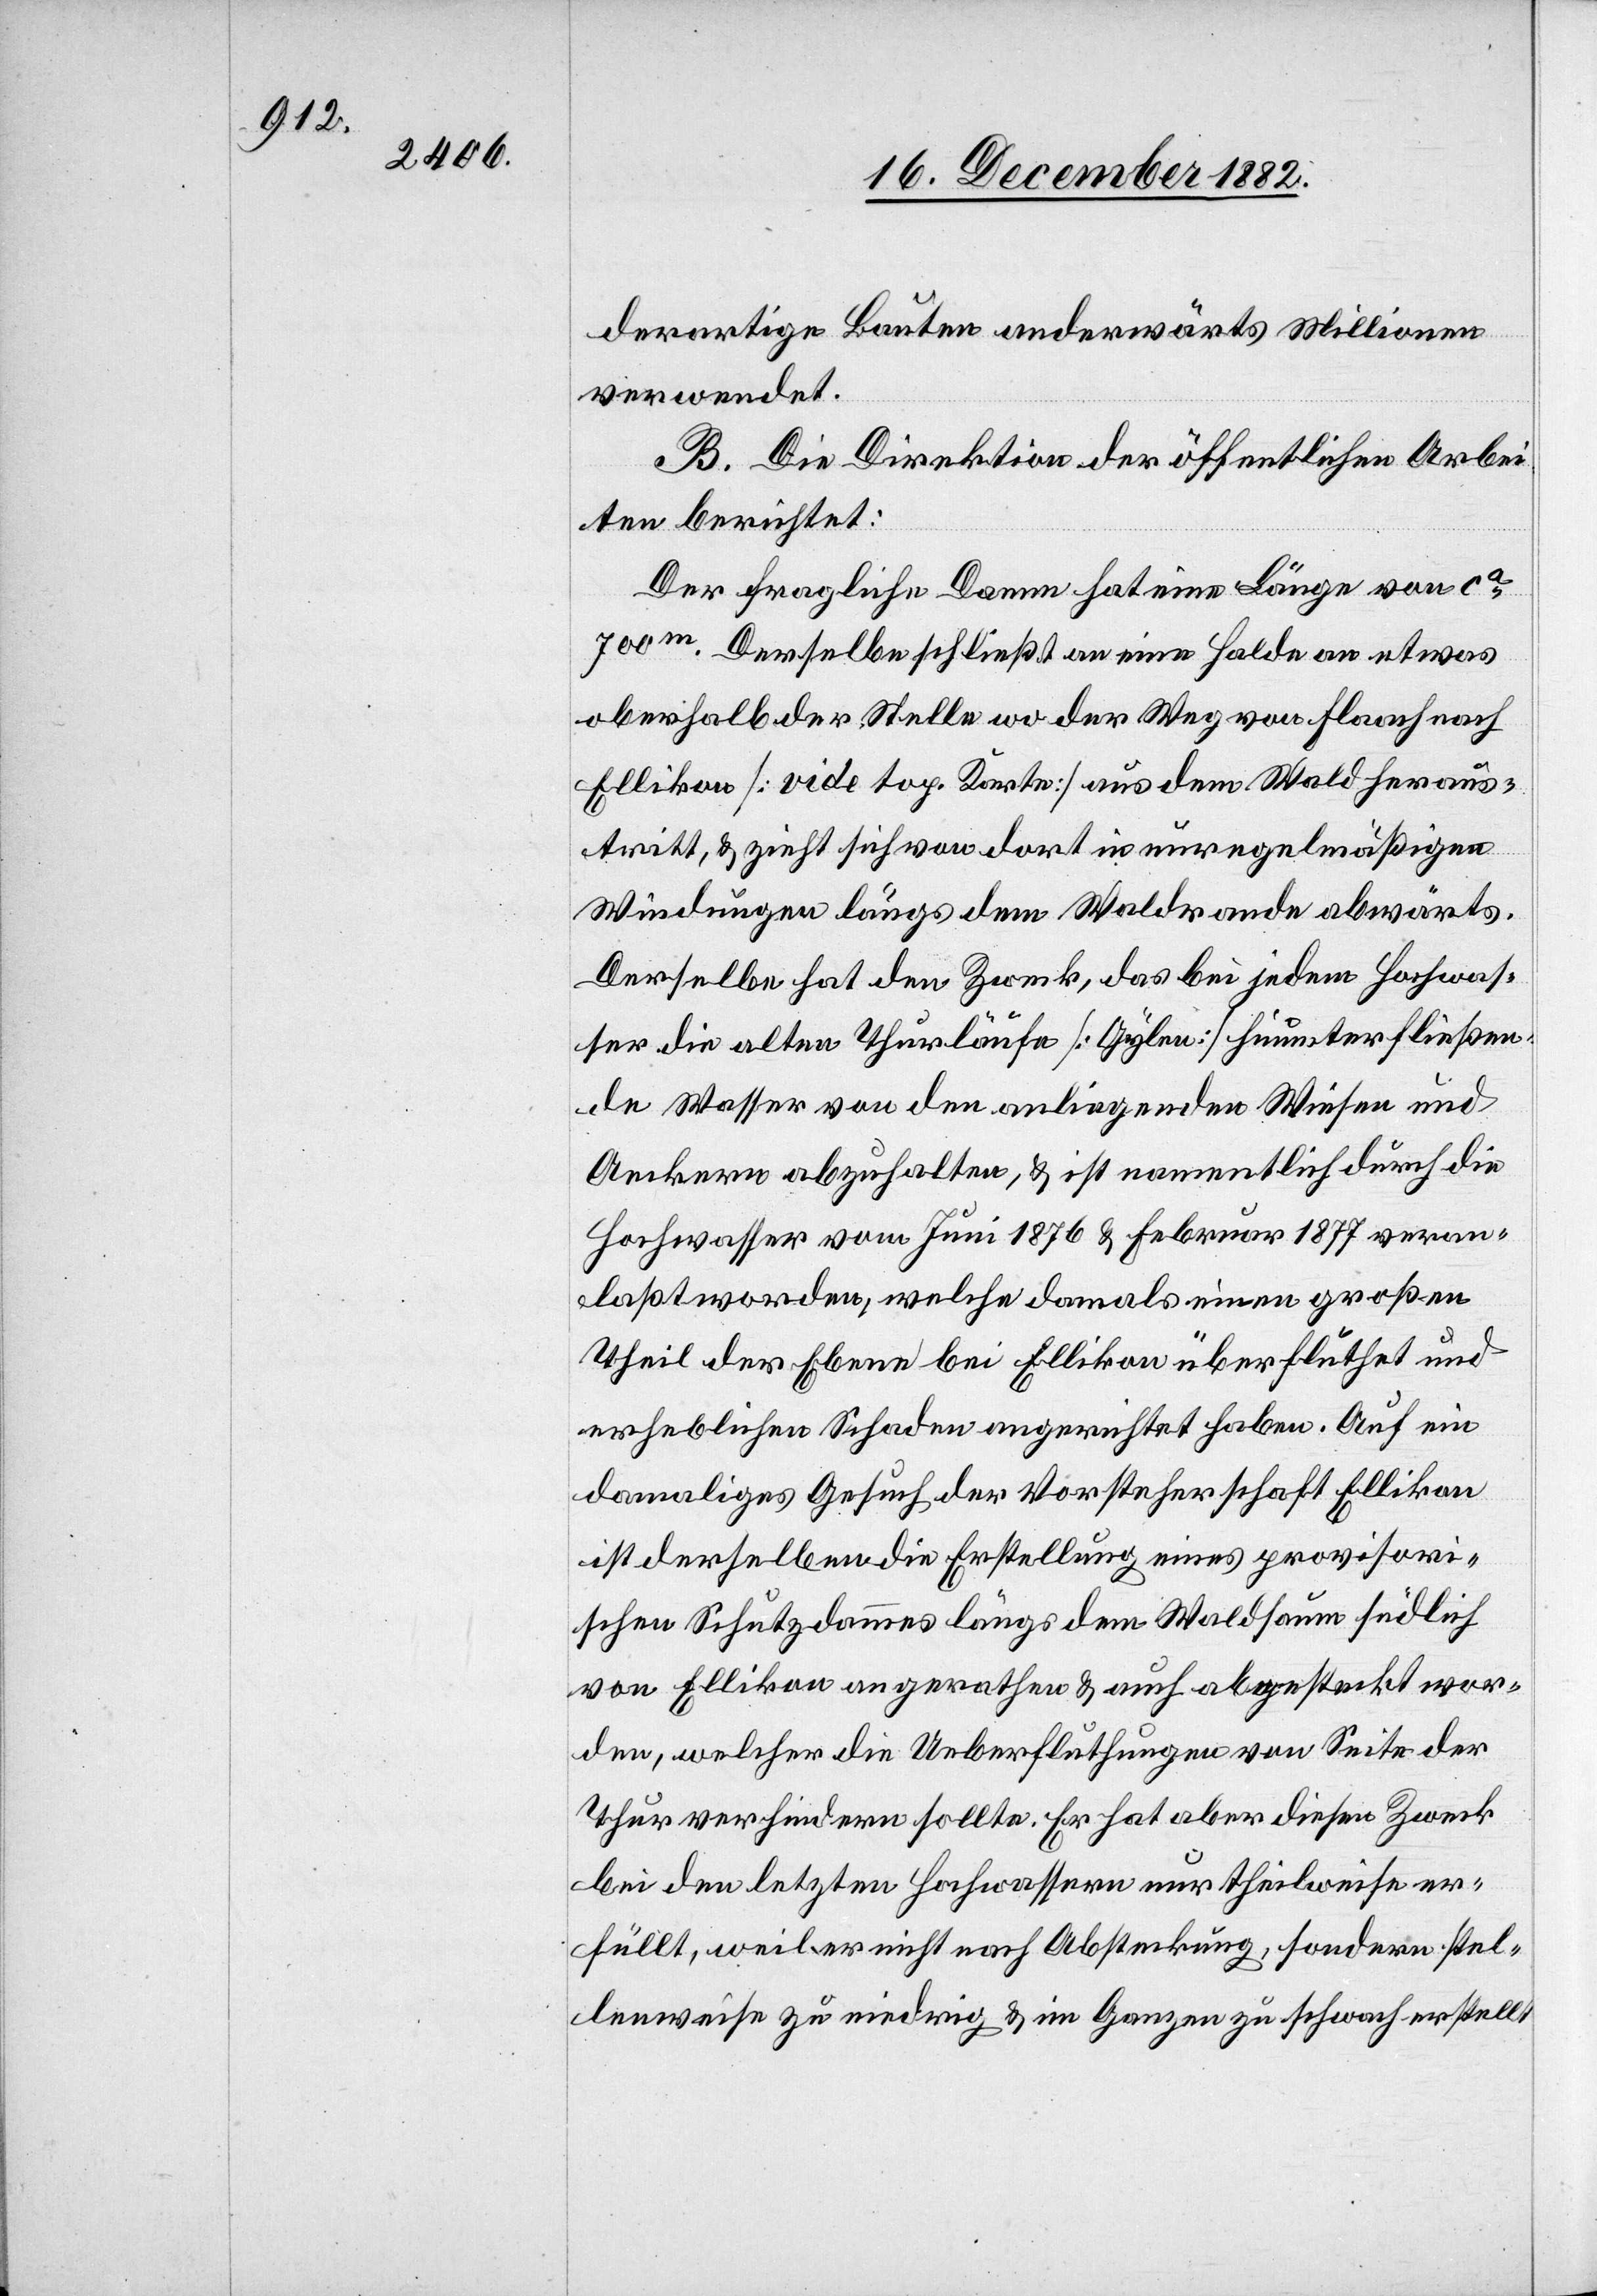
derartige Bauten anderwärts Millionen
verwendet.
B. Die Direktion der öffentlichen Arbei¬
ten berichtet:
Der Fragliche Damm hat eine Länge von ca
700m. Derselbe schließt an eine Halde an etwas
oberhalb der Stelle wo der Weg von Flaach nach
Ellikon [vide top. Karte] aus dem Wald heraus¬
tritt, & zieht sich von dort in unregelmäßigen
Windungen längs dem Waldrande abwärts.
Derselbe hat den Zweck, das bei jedem Hochwas¬
ser die alten Thurläufe [Gylen] hinunter fließen¬
de Wasser von den anliegenden Wiesen und
Aeckern abzuhalten, & ist namentlich durch die
Hochwasser vom Juni 1876 & Februar 1877 veran¬
laßt worden, welche damals einen großen
Theil der Ebene bei Ellikon überfluthet und
erheblichen Schaden angerichtet haben. Auf ein
damaliges Gesuch der Vorsteherschaft Ellikon
ist derselben die Erstellung eines provisori¬
schen Schutzdammes längs dem Waldsaum südlich
von Ellikon angerathen & auch abgesteckt wor¬
den, welcher die Ueberfluthungen von Seite der
Thur verhindern sollte. Er hat aber diesen Zweck
bei den letzten Hochwassern nur theilweise er¬
füllt, weil er nicht nach Absteckung, sondern stel¬
lenweise zu niedrig & im Ganzen zu schwach erstellt